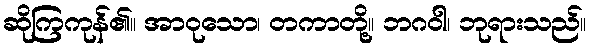
ဆိုကြကုန်၏။ အာဝုသော၊ တကာတို့။ ဘဂဝါ၊ ဘုရားသည်။